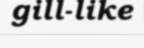
gill-like